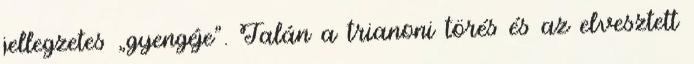
jellegzetes „gyengéje”. Talán a trianoni törés és az elvesztett